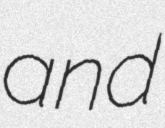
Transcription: and